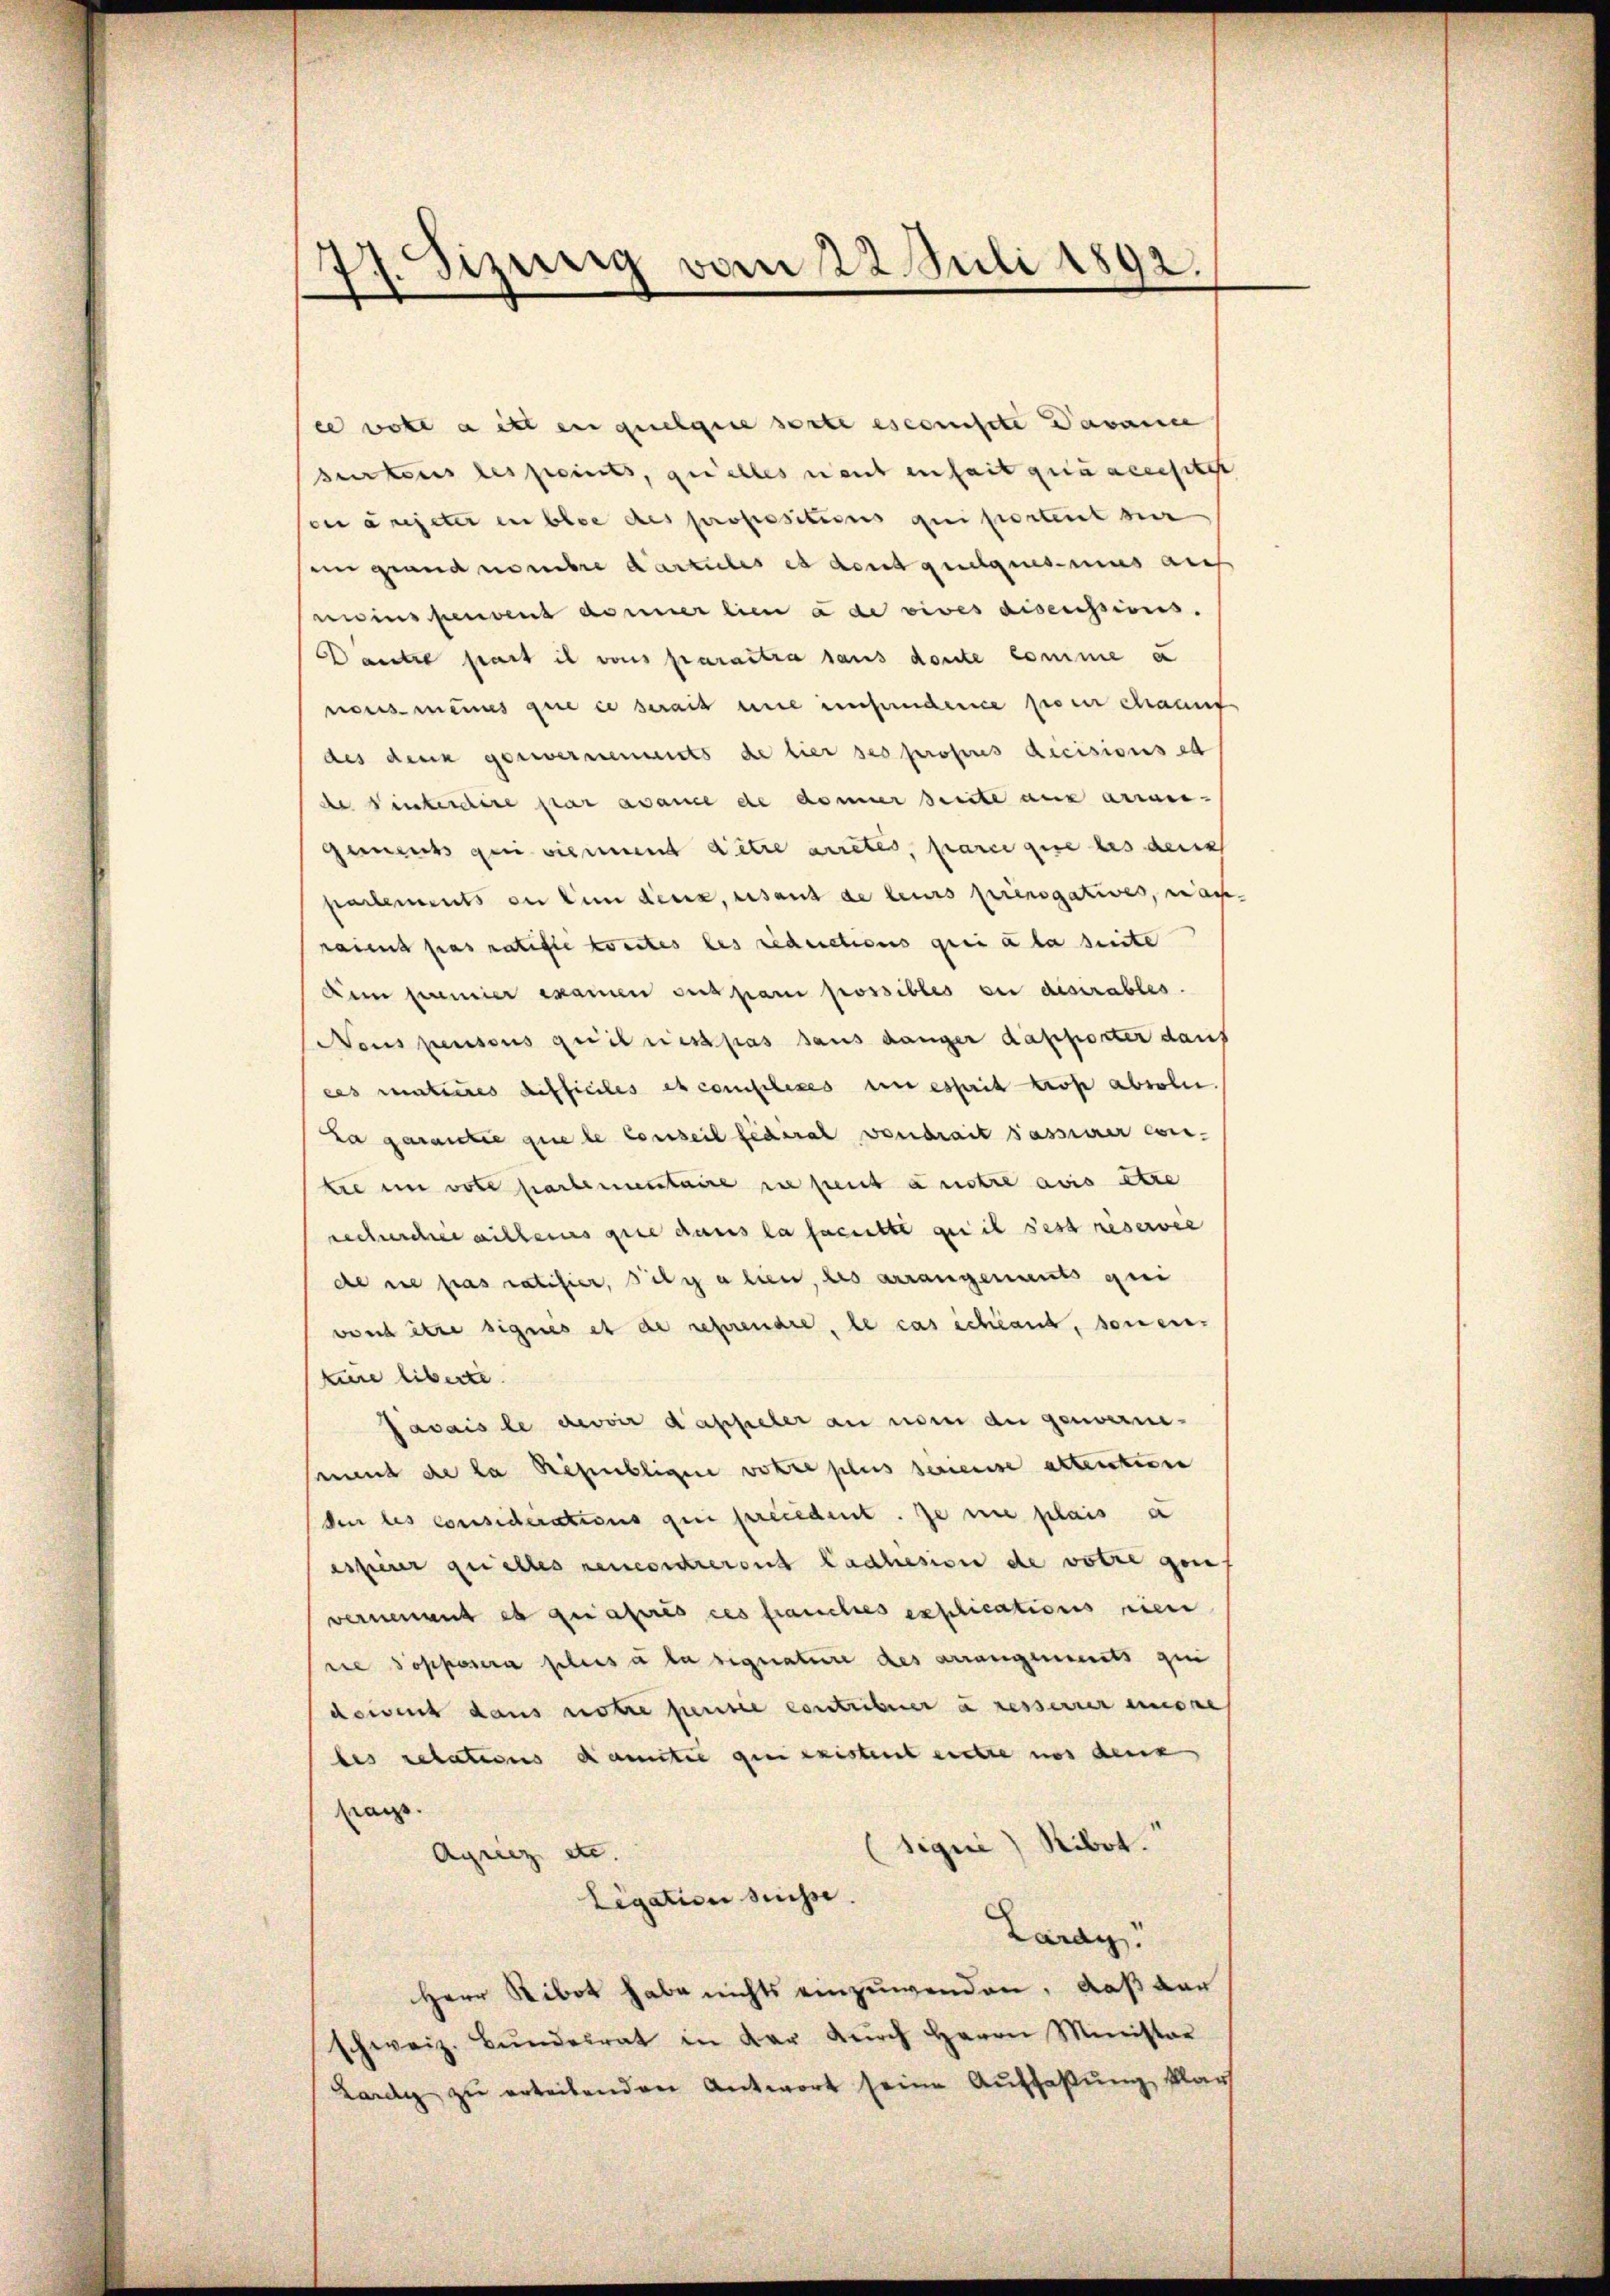
e wohl a ist en quelgie sorte escomisite Davance
surtens des peints, quelles neut enhait quiacensitzt
son angeter en blie des propositions qui porteit ser
in grand nombre darzules es dont quelquesimus auf
wissenvent donner lieu à de vives disensions.
Dautre part il vons parattra sans doute comme a
neus meines que ce serait eine einfundere pour chaaus
des druck gesternements de hier ses profens decisions et
de Winterdire par avance de donner Seite aus arraus-
Gemeins qui vierent d’être arretés, parei gise des den
partements an den dens, sant de leurs prengatives, nachraient pas ratiste konntes les reductions grei a la seite
Den genier examen suspani possibles sei diserables.
Neus pensons quitres pas aus danger dapporter dauf
ces matieres Auffieles et complexes an esserit trop absole.
La garantie que le Conseil fédéral voudrait sasserer con-
tie im vote hartementaire in peut anstre avis tre
rechercher willeurs gute dans la faculte geis sest reserver
de ne pas ratifier, Filialien, des arrangements qui
vont être signés et de reprenare, le cas schland, sonen-
zire liberte.
Javais le devoir dasseler an nom du genommesament de la Républigen volle plus bereise altentione
den les considerations qui precedent. Je nie plais a
esserer quelles encordreisit Ladhesion de votre gen
vernement es quasis des franches explications seien
re opposera plus à la signature des arrangements qui
dewent dans notre pensée contribuer à resserrer einere
les relations damitie gien existent entre nos denk
Frage.
sique) Ribot.
Agricz etc.
Ligation sechse.
Lardy.
Herr Ribot habe nichts einzuwenden, daß dar
schweiz. Bŭndesrat in der dŭrch Herrn Minister
Lardy zu erteilenden Antwort seine Auffaßung klar

77. Sizung vom 22. Juli 1892.
.